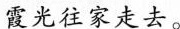
霞光往家走去。